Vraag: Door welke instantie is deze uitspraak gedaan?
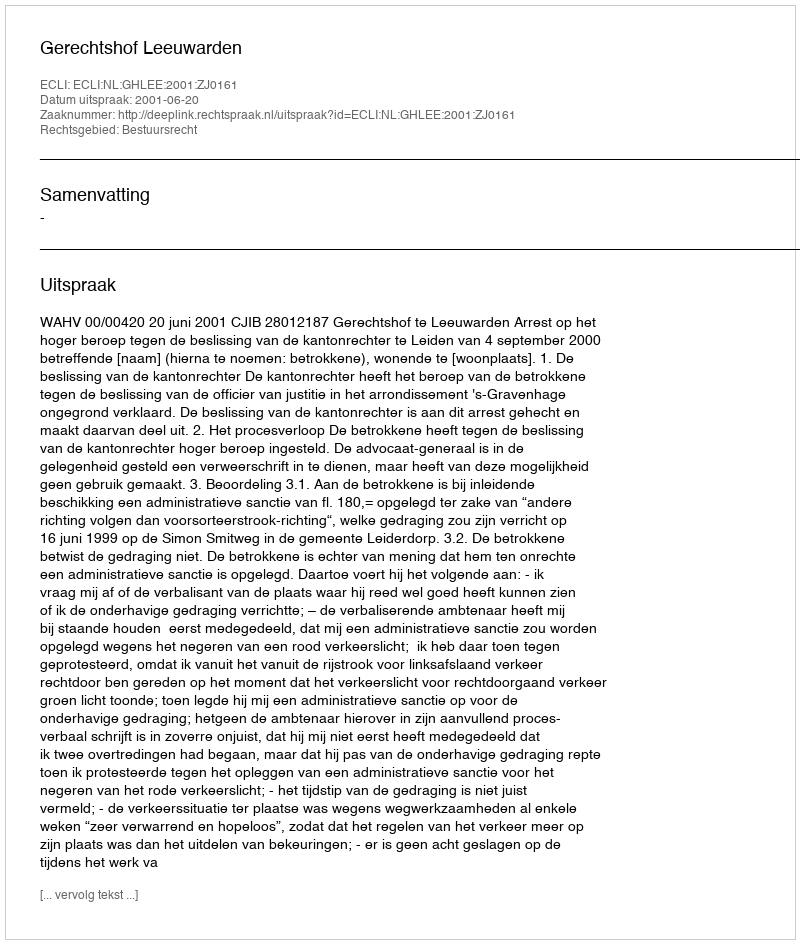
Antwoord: Gerechtshof Leeuwarden